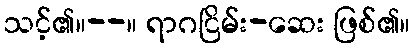
သင့်၏။--။ ရာဂငြိမ်း-ဆေး ဖြစ်၏။